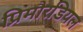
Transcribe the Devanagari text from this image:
प्रिमौरडियल